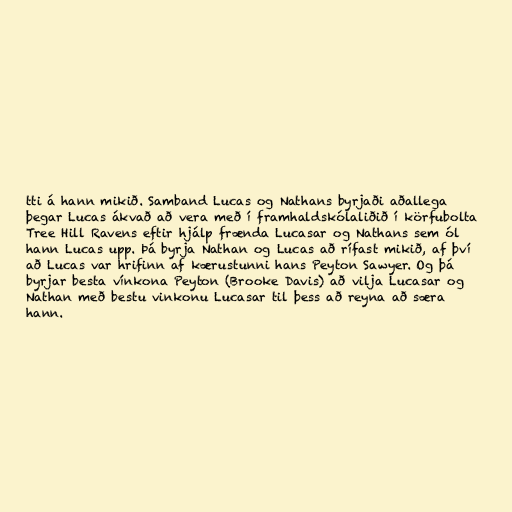
tti á hann mikið. Samband Lucas og Nathans byrjaði aðallega
þegar Lucas ákvað að vera með í framhaldskólaliðið í körfubolta
Tree Hill Ravens eftir hjálp frænda Lucasar og Nathans sem ól
hann Lucas upp. Þá byrja Nathan og Lucas að rífast mikið, af því
að Lucas var hrifinn af kærustunni hans Peyton Sawyer. Og þá
byrjar besta vínkona Peyton (Brooke Davis) að vilja Lucasar og
Nathan með bestu vinkonu Lucasar til þess að reyna að særa
hann.